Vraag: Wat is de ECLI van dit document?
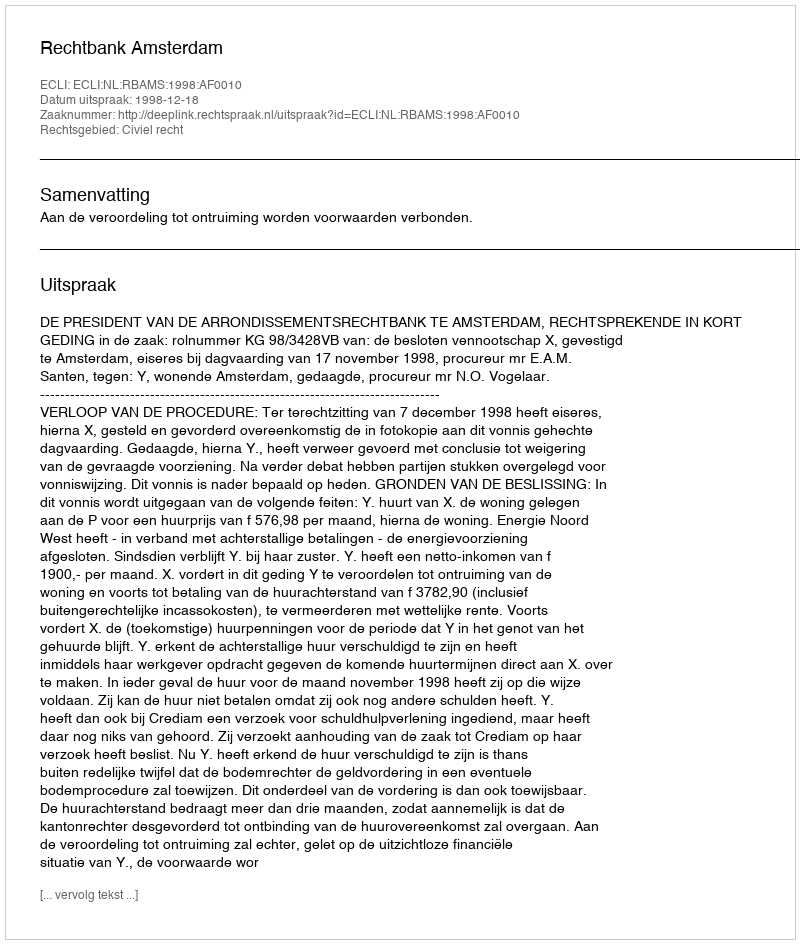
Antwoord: ECLI:NL:RBAMS:1998:AF0010